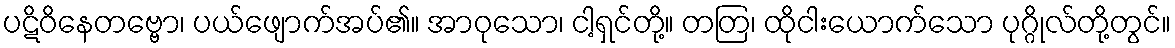
ပဋိဝိနေတဗ္ဗော၊ ပယ်ဖျောက်အပ်၏။ အာဝုသော၊ ငါ့ရှင်တို့။ တတြ၊ ထိုငါးယောက်သော ပုဂ္ဂိုလ်တို့တွင်။